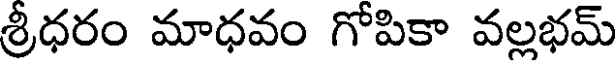
శ్రీధరం మాధవం గోపికా వల్లభమ్